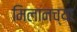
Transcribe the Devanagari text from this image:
मिलानच्या